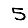
Digit: 5